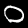
Label: 0